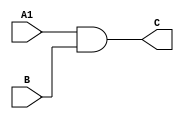
module dataflow (
    input wire A1,
    input wire B,
    output wire C
);
assign C = A1 & B;
endmodule